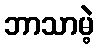
ဘာသာမဲ့